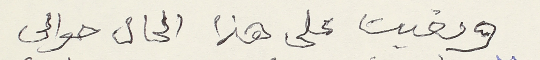
وبقيت على هذا الحال